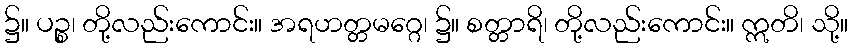
၌။ ပဉ္စ၊ တို့လည်းကောင်း။ အရဟတ္တမဂ္ဂေ၊ ၌။ စတ္တာရိ၊ တို့လည်းကောင်း။ ဣတိ၊ သို့။